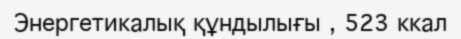
Энергетикалық құндылығы , 523 ккал